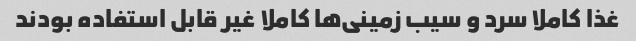
غذا کاملا سرد و سیب زمینی‌ها کاملا غیر قابل استفاده بودند